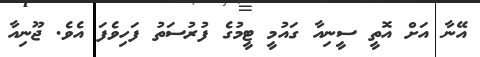
އޭނާ އަށް އޮތީ ސީނިއާ ގައުމީ ޓީމުގެ ފުރުސަތު ފަހިވެފަ އެވެ. ޖޫނިއާ